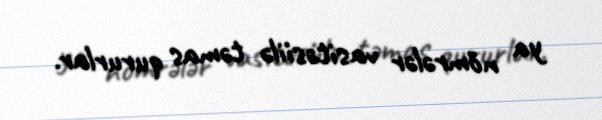
ya nömrələr vasitəsiilə təmas qururlar.